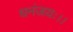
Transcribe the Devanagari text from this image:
धनंजयः।।